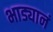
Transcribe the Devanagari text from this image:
भाड्यानं